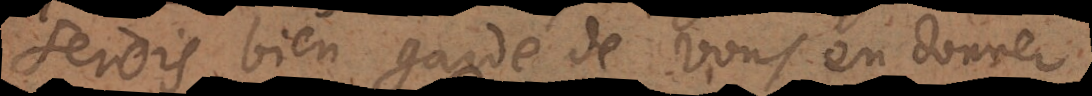
serois bien gardé de vous en donner